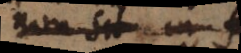
non sit in